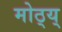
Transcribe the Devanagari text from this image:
मोठ्य्